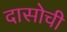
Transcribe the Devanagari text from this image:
दासोची